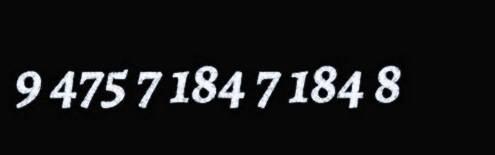
9 475 7 184 7 184 8